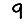
Digit: 9